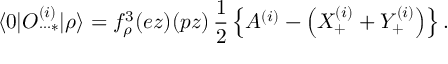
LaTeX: \langle 0 | O _ { \cdot \cdot \cdot * } ^ { ( i ) } | \rho \rangle = f _ { \rho } ^ { 3 } ( e z ) ( p z ) \, \frac { 1 } { 2 } \left\{ A ^ { ( i ) } - \left( X _ { + } ^ { ( i ) } + Y _ { + } ^ { ( i ) } \right) \right\} .